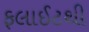
ફલાઈટથી